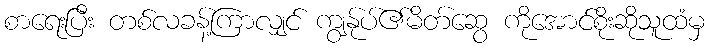
စာရေးပြီး တစ်လခန့်ကြာလျှင် ကျွန်ုပ်၏မိတ်ဆွေ ကိုအောင်စိုးဆိုသူထံမှ